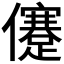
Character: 𠐻